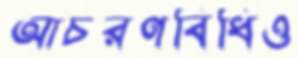
আচরণবিধিও